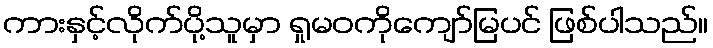
ကားနှင့်လိုက်ပို့သူမှာ ရှုမဝကိုကျော်မြပင် ဖြစ်ပါသည်။